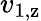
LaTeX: v_{\mathrm{1,z}}